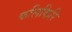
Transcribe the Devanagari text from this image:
कलिकिरि